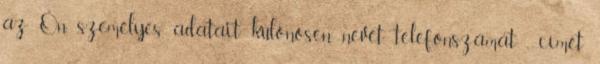
az Ön személyes adatait, különösen nevét, telefonszámát , címét